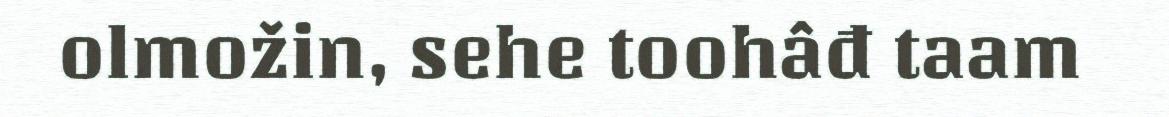
olmožin, sehe toohâđ taam